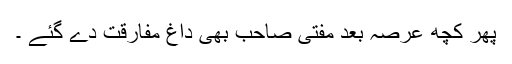
پھر کچھ عرصہ بعد مفتی صاحب بھی داغ مفارقت دے گئے ۔